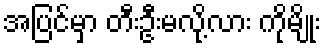
အပြင်မှာ တီးဦးမလို့လား ကိုမျိုး